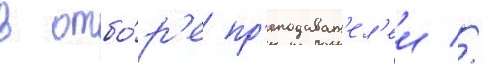
в отбо́р'е пр'еподават'ел'еи //